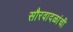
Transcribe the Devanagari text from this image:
सौरवादळांची